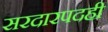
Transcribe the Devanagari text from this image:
सरदारपदही